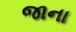
જાના